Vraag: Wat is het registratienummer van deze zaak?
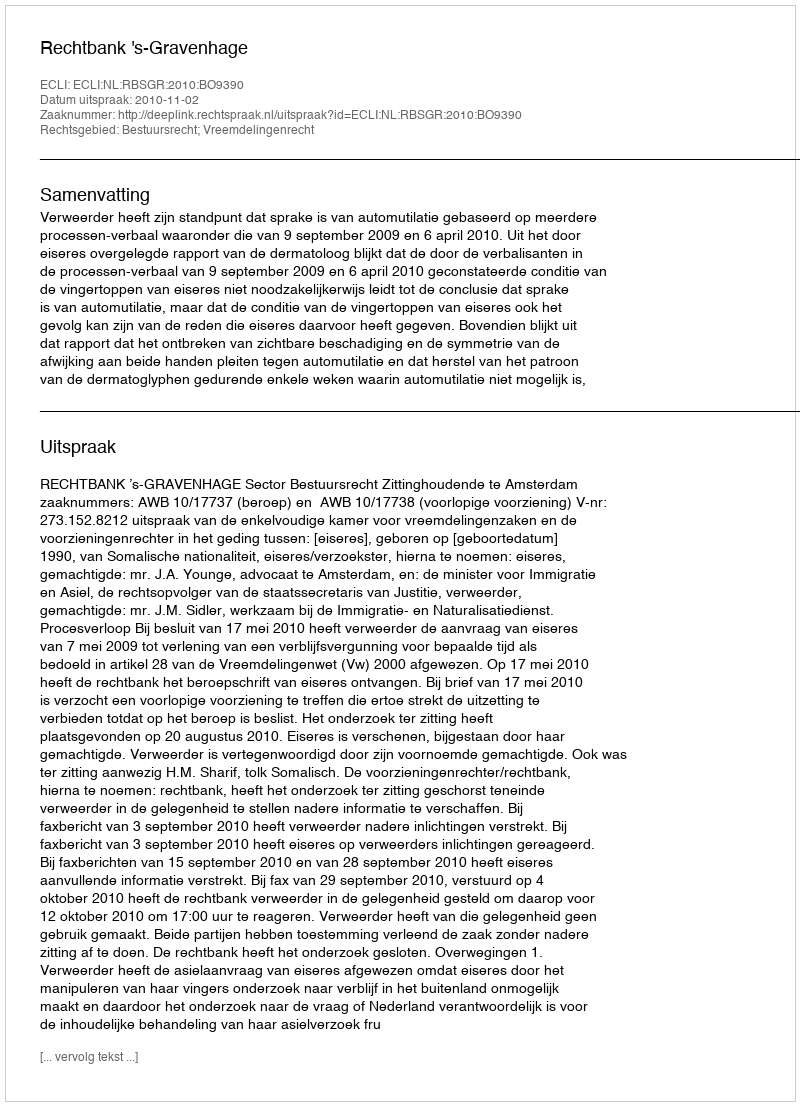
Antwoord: http://deeplink.rechtspraak.nl/uitspraak?id=ECLI:NL:RBSGR:2010:BO9390